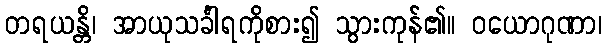
တရယန္တိ၊ အာယုသင်္ခါရကိုစား၍ သွားကုန်၏။ ဝယောဂုဏာ၊